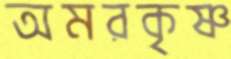
অমরকৃষ্ণ